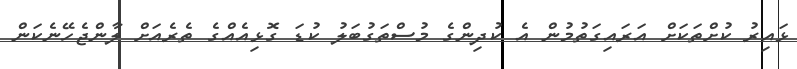
ޅައިިރު ކުށްތަކަށް އަރައިގަތުމުން އެ ކުދިންގެ މުސްތަގުބަލު ކުޑަ ގޮޅިއެއްގެ ތެރެއަށް ލާންޖެހޭނެކަން